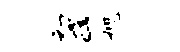
初a旭